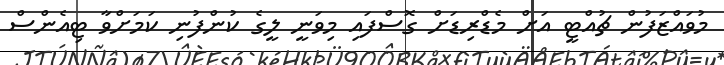
މުވައްޒަފުން ޗުއްޓީ އަށް މެޑްރިޑަށް ގޮސްފައި މިވަނީ ލީގެ ކުންފުނި ކަމަށްވާ ޓިއެންސް